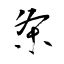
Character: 条